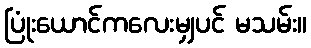
ပြုံးယောင်ကလေးမျှပင် မသမ်း။